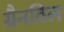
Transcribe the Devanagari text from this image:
ग्रैनविल